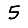
Digit: 5